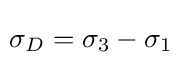
\!\sigma _{D}=\sigma _{3}-\sigma _{1}